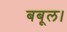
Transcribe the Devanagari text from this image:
बबूल।